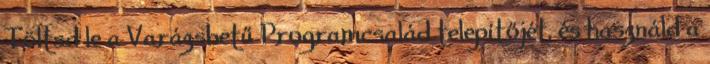
Töltsd le a Varázsbetű Programcsalád telepítőjét, és használd a